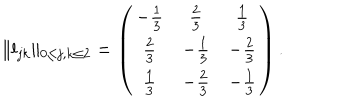
LaTeX: \Vert l _ { j k } \Vert _ { 0 \le j , k \le 2 } = \left( \begin{array} { c c c } { { - \frac { 1 } { 3 } } } & { { \frac { 2 } { 3 } } } & { { \frac { 1 } { 3 } } } \\ { { \frac { 2 } { 3 } } } & { { - \frac { 1 } { 3 } } } & { { - \frac { 2 } { 3 } } } \\ { { \frac { 1 } { 3 } } } & { { - \frac { 2 } { 3 } } } & { { - \frac { 1 } { 3 } } } \\ \end{array} \right) .